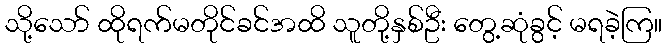
သို့သော် ထိုရက်မတိုင်ခင်အထိ သူတို့နှစ်ဦး တွေ့ဆုံခွင့် မရခဲ့ကြ။